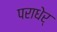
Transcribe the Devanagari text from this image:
पराधेर्